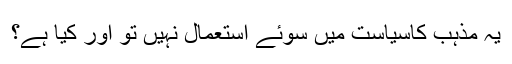
یہ مذہب کاسیاست میں سوئے استعمال نہیں تو اور کیا ہے؟